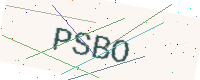
Text: PSBO